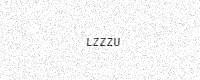
Text: LZZZU